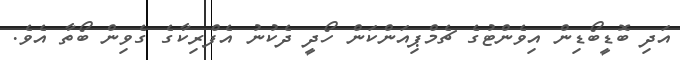
އަދި ބޮޑީބޯޑިން އިވެންޓުގެ ޗެމްޕިއަންކަން ހޯދީ ދެކުނު އެފްރިކާގެ ގެވިން ބޯތާ އެވެ.